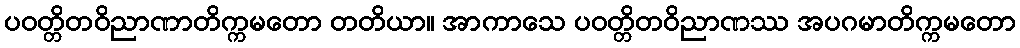
ပဝတ္တိတဝိညာဏာတိက္ကမတော တတိယာ။ အာကာသေ ပဝတ္တိတဝိညာဏဿ အပဂမာတိက္ကမတော